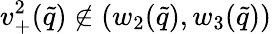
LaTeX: v_{+}^{2}(\tilde{q})\notin(w_{2}(\tilde{q}),w_{3}(\tilde{q}))